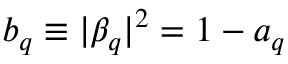
b _ { q } \equiv | \beta _ { q } | ^ { 2 } = 1 - a _ { q }